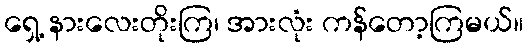
ရှေ့ နားလေးတိုးကြ၊ အားလုံး ကန်တော့ကြမယ်။